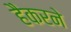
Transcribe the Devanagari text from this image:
हैकरने